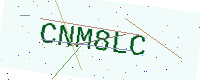
Text: CNM8LC